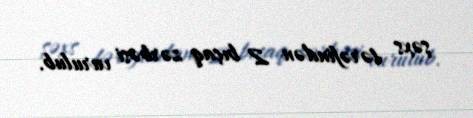
şəxs tərəfindən 2 bıçaq zərbəsi vurulub.